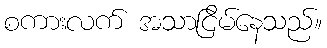
စကားလက် အသာငြိမ်နေသည်။